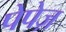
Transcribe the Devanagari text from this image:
पेपेज़